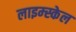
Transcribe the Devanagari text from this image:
लाइम्स्केल